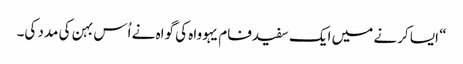
‏“‏ ایسا کرنے میں ایک سفیدفام یہوواہ کی گواہ نے اُس بہن کی مدد کی۔